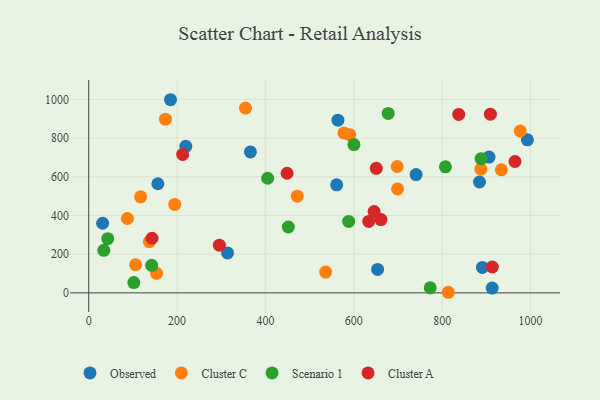
{"axis": {"x": "Price", "y": "Fuel Efficiency"}, "legend": ["Cluster A", "Cluster C", "Observed", "Scenario 1"], "data": [{"x": "913.3", "y": 24.9, "type": "Observed"}, {"x": "31.5", "y": 359.8, "type": "Observed"}, {"x": "156.5", "y": 563.7, "type": "Observed"}, {"x": "185.1", "y": 998.0, "type": "Observed"}, {"x": "884.5", "y": 572.8, "type": "Observed"}, {"x": "741.0", "y": 611.0, "type": "Observed"}, {"x": "366.0", "y": 728.2, "type": "Observed"}, {"x": "564.1", "y": 892.4, "type": "Observed"}, {"x": "653.9", "y": 120.9, "type": "Observed"}, {"x": "314.2", "y": 206.5, "type": "Observed"}, {"x": "561.2", "y": 558.1, "type": "Observed"}, {"x": "906.1", "y": 701.9, "type": "Observed"}, {"x": "992.9", "y": 791.0, "type": "Observed"}, {"x": "891.1", "y": 131.6, "type": "Observed"}, {"x": "219.8", "y": 757.4, "type": "Observed"}, {"x": "887.6", "y": 638.9, "type": "Cluster C"}, {"x": "117.5", "y": 496.1, "type": "Cluster C"}, {"x": "354.8", "y": 955.1, "type": "Cluster C"}, {"x": "137.3", "y": 264.4, "type": "Cluster C"}, {"x": "934.1", "y": 635.9, "type": "Cluster C"}, {"x": "173.7", "y": 897.7, "type": "Cluster C"}, {"x": "813.9", "y": 3.0, "type": "Cluster C"}, {"x": "194.7", "y": 457.2, "type": "Cluster C"}, {"x": "106.2", "y": 145.5, "type": "Cluster C"}, {"x": "577.7", "y": 826.2, "type": "Cluster C"}, {"x": "153.6", "y": 101.1, "type": "Cluster C"}, {"x": "472.1", "y": 499.4, "type": "Cluster C"}, {"x": "698.3", "y": 653.0, "type": "Cluster C"}, {"x": "590.8", "y": 817.6, "type": "Cluster C"}, {"x": "699.1", "y": 537.0, "type": "Cluster C"}, {"x": "976.8", "y": 836.5, "type": "Cluster C"}, {"x": "536.3", "y": 107.6, "type": "Cluster C"}, {"x": "87.7", "y": 384.3, "type": "Cluster C"}, {"x": "102.1", "y": 52.9, "type": "Scenario 1"}, {"x": "807.4", "y": 651.2, "type": "Scenario 1"}, {"x": "888.1", "y": 693.6, "type": "Scenario 1"}, {"x": "677.8", "y": 927.2, "type": "Scenario 1"}, {"x": "43.1", "y": 279.9, "type": "Scenario 1"}, {"x": "451.8", "y": 340.2, "type": "Scenario 1"}, {"x": "600.3", "y": 766.1, "type": "Scenario 1"}, {"x": "142.5", "y": 142.3, "type": "Scenario 1"}, {"x": "773.0", "y": 26.0, "type": "Scenario 1"}, {"x": "405.0", "y": 592.2, "type": "Scenario 1"}, {"x": "34.2", "y": 219.8, "type": "Scenario 1"}, {"x": "588.4", "y": 369.3, "type": "Scenario 1"}, {"x": "633.8", "y": 368.9, "type": "Cluster A"}, {"x": "143.3", "y": 282.2, "type": "Cluster A"}, {"x": "837.5", "y": 921.8, "type": "Cluster A"}, {"x": "449.0", "y": 618.0, "type": "Cluster A"}, {"x": "964.8", "y": 678.7, "type": "Cluster A"}, {"x": "295.7", "y": 246.2, "type": "Cluster A"}, {"x": "650.9", "y": 643.3, "type": "Cluster A"}, {"x": "661.5", "y": 378.8, "type": "Cluster A"}, {"x": "212.7", "y": 715.5, "type": "Cluster A"}, {"x": "646.0", "y": 420.3, "type": "Cluster A"}, {"x": "913.6", "y": 133.6, "type": "Cluster A"}, {"x": "909.2", "y": 923.5, "type": "Cluster A"}]}